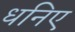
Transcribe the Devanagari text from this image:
धनिए